Insane asylums in Bengal annual reports 1867-1875 - 1867-1875
Year: 1867
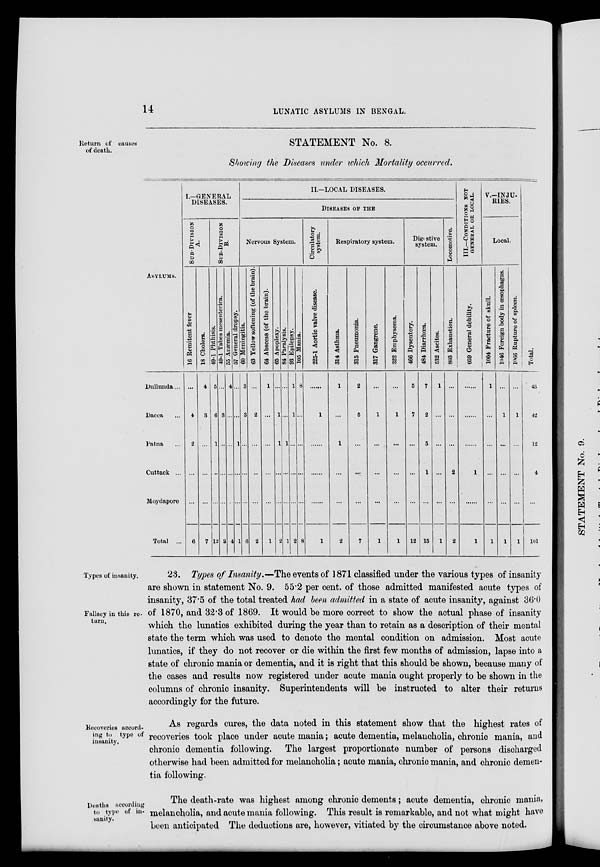
14
LUNATIC ASYLUMS IN BENGAL.
Return of causes
of death.
STATEMENT No. 8.
Showing the Diseases under which Mortality occurred.
ASYLUMS.
Dullunda...
Dacca ...
Patna ...
Cuttack ...
Moydapore
Total ...
I—GENERAL
DISEASES.
SUB-DIVISION
A.
16 Remitent fever
...
4
2
...
...
6
18 Cholera.
4
3
...
...
...
7
SUB-DIVISION
B.
49-1 Phthisis.
5
6
1
...
...
12
49-1 Tabes mesenterica.
...
3
...
...
...
3
55 Anæmia.
4
...
...
...
...
4
57 General dropsy.
...
...
1
...
...
1
II.-LOCAL DISEASES.
DISEASES OF THE
Nervous System.
60 Meningitis.
3
3
...
...
...
6
63 Yellow softening (of the brain).
...
2
...
...
...
2
64 Abscess (of the brain).
1
...
...
...
...
1
65 Apoplexy.
...
1
1
...
...
2
84 Paralysis.
...
...
1
...
...
1
93 Epilepsy.
1
1
...
...
...
2
105 Mania.
8
...
...
...
...
8
Circulatory
system.
225-1 Aortic valve disease.
......
1
...
...
...
1
Respiratory system.
314 Asthma.
1
...
1
...
...
2
315 Pneumonia.
2
5
...
...
...
7
317 Gangrene.
...
1
...
...
...
1
322 Emphysema.
...
1
...
...
...
1
Digestive
system.
466 Dysentery.
5
7
...
...
...
12
484 Diarrhœa.
7
2
5
1
...
15
532 Ascites.
1
...
...
...
...
1
Locomotive.
803 Exhaustion.
...
...
...
2
...
2
III.—CONDITIONS NOT
GENERAL OR LOCAL.
059 General debility.
...
...
...
1
...
1
V.—INJU¬
RIES.
Local.
1004 Fracture of skull.
1
...
...
...
...
1
1046 Foreign body in œsophagus.
...
1
...
...
...
1
1066 Rupture of spleen.
...
1
...
...
...
1
Total.
43
42
12
4
...
101
Types of insanity.
Fallacy in this re¬
turn.
23. Types of Insanity.—The events of 1871 classified under the various types of insanity
are shown in statement No. 9. 55.2 per cent. of those admitted manifested acute types of
insanity, 37.5 of the total treated had been admitted in a state of acute insanity, against 36.0
of 1870, and 32.3 of 1869. It would be more correct to show the actual phase of insanity
which the lunatics exhibited during the year than to retain as a description of their mental
state the term which was used to denote the mental condition on admission. Most acute
lunatics, if they do not recover or die within the first few months of admission, lapse into a
state of chronic mania or dementia, and it is right that this should be shown, because many of
the cases and results now registered under acute mania ought properly to be shown in the
columns of chronic insanity. Superintendents will be instructed to alter their returns
accordingly for the future.
Recoveries accord-
ing to type of
insanity.
As regards cures, the data noted in this statement show that the highest rates of
recoveries took place under acute mania; acute dementia, melancholia, chronic mania, and
chronic dementia following. The largest proportionate number of persons discharged
otherwise had been admitted for melancholia; acute mania, chronic mania, and chronic demen-
tia following.
Deaths according
to type of in-
sanity.
The death-rate was highest among chronic dements; acute dementia, chronic mania,
melancholia, and acute mania following. This result is remarkable, and not what might have
been anticipated The deductions are, however, vitiated by the circumstance above noted.